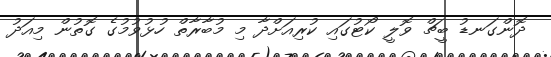
ދޮންގަނޑު ބީޗް ވޮލީ ކޯޓުގައި ކުރިއަށްދާ މި މުބާރާތް ހުޅުވުމުގެ ގޮތުން މިއަދު